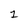
Character: 1